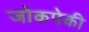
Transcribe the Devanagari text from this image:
जोकपेकी